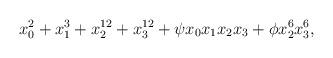
LaTeX: \begin{align*}x_0^2 + x_1^3 + x_2^{12} + x_3^{12} + \psi x_0x_1x_2x_3+\phi x_2^6x_3^6, \end{align*}